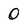
Character: 0